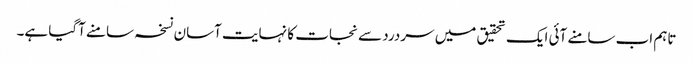
تاہم اب سامنے آئی ایک تحقیق میں سردرد سے نجات کا نہایت آسان نسخہ سامنے آگیا ہے۔